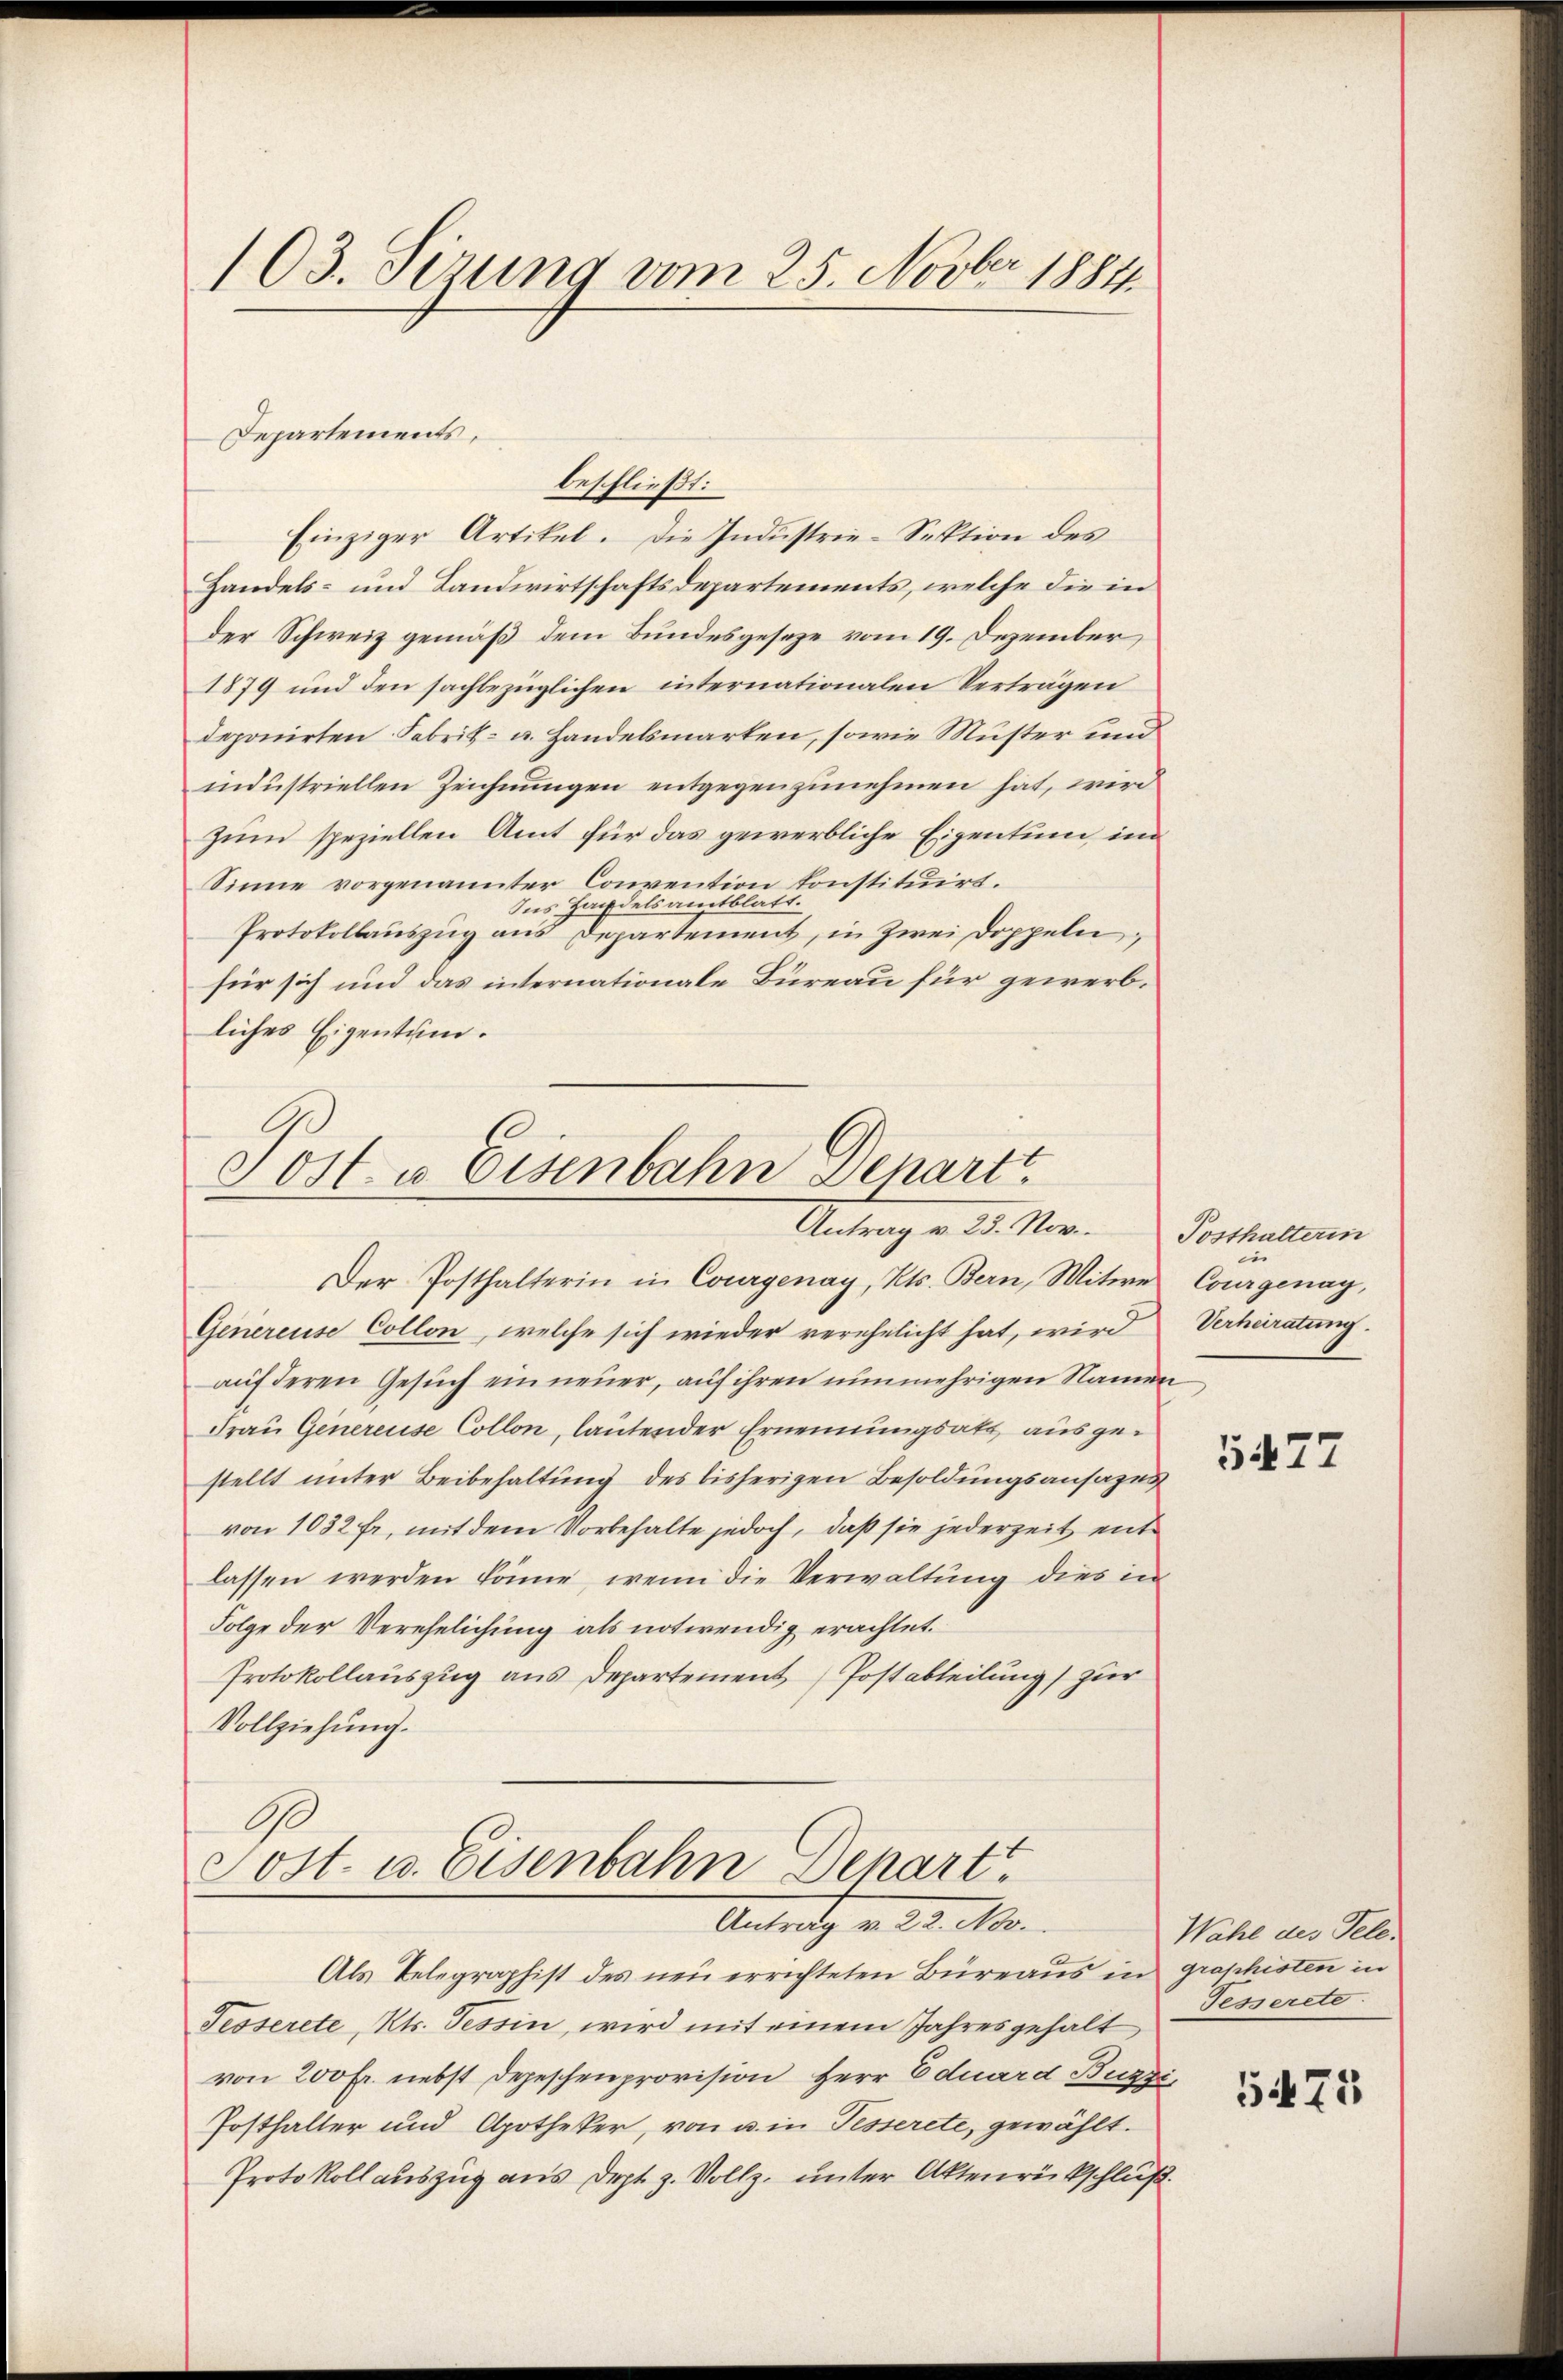
103. Sirung vom 25. Novber 1884.

Sost- u. Eisenbahn Denart
Antrag v. 23. Nov.
Der Posthalterin in Courgenay, Kts. Bern, Witwe Courgenay,

Departements,

beschließt:
Einziger Artikel. Die Industrie-Sektion des
Handels- und Landwirtschaftsdepartements, welche die in
der Schweiz gemäß dem Bundesgesetze vom 19. Dezember
1879 und den sachbezüglichen internationalen Verträgen
deponirten Fabrik- u. Handelsmarken, sowie Muster und
industriellen Zeichnungen entgegenzunehmen hat, wird
Zum speziellen Amt für das gewerbliche Eigentuen, im
Sinne vorgenannter Convention konstituirt.
Ins Handelsamtblatt.
Protokollauszug aus Departement, in Zwei Doppeln,
für sich und das internationale Büreau für gewerbliches Eigentum.

Genereuse Collon, welche sich wieder verehelicht hat, wird
auf deren Gesuch ein neuer, auf ihren nunmehrigen Namen
Frau Genereise Collon, lautender Ernennungsakt ausgestellt unter Beibehaltung des bisherigen Besoldungsansazun
von 1032 fr., mit dem Vorbehalte jedoch, daß sie jederzeit entlassen werden könne, wenn die Verwaltung dies in
Folge der Verehelichung als notwendig erachtet.
Protokollauszug aus Departement (Postabteilung) zur
Vollziehung.
A
Post- u. Eisenbahn Depart.
Antrag v. 29. Ma
Als Telegraphist des neu errichteten Büreaus in graphisten in
Fesserete, Kts. Tessin, wird mit einem Jahresgehalt
von 200 Fr. nebst Depeschenprovision Herr Eduard Buzzi,
Posthalter und Apotheker, von u. in Tesserete, gewählt.
Protokoll auszug aus Dept z. Vollz. unter Aktenrückschluß

Posthalterin
e
Verheiratung.

5477

Wahl des Tele¬
Fesserete.

5475